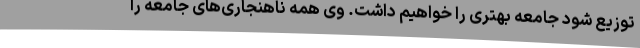
توزیع شود جامعه بهتری را خواهیم داشت. وی همه ناهنجاری‌های جامعه را